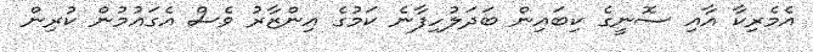
އެމެރިކާ އާއި ސޮނީގެ ކިބައިން ބަދަލުހިފާނެ ކަމުގެ އިންޒާރު ވެސް އެގައުމުން ކުރިން